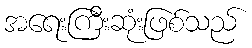
အရေးကြီးဆုံးဖြစ်သည်